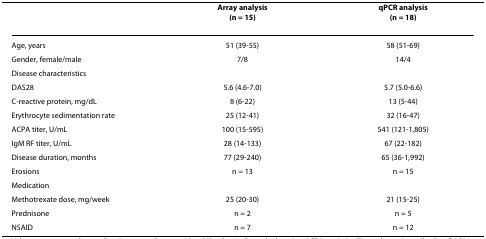
<table><thead><tr><td></td><td><b>Array analysis(n = 15)</b></td><td><b>qPCR analysis(n = 18)</b></td></tr></thead><tbody><tr><td>Age, years</td><td>51 (39-55)</td><td>58 (51-69)</td></tr><tr><td>Gender, female/male</td><td>7/8</td><td>14/4</td></tr><tr><td>Disease characteristics</td><td></td><td></td></tr><tr><td> DAS28</td><td>5.6 (4.6-7.0)</td><td>5.7 (5.0-6.6)</td></tr><tr><td> C-reactive protein, mg/dL</td><td>8 (6-22)</td><td>13 (5-44)</td></tr><tr><td> Erythrocyte sedimentation rate</td><td>25 (12-41)</td><td>32 (16-47)</td></tr><tr><td> ACPA titer, U/mL</td><td>100 (15-595)</td><td>541 (121-1,805)</td></tr><tr><td> IgM RF titer, U/mL</td><td>28 (14-133)</td><td>67 (22-182)</td></tr><tr><td> Disease duration, months</td><td>77 (29-240)</td><td>65 (36-1,992)</td></tr><tr><td> Erosions</td><td>n = 13</td><td>n = 15</td></tr><tr><td>Medication</td><td></td><td></td></tr><tr><td> Methotrexate dose, mg/week</td><td>25 (20-30)</td><td>21 (15-25)</td></tr><tr><td> Prednisone</td><td>n = 2</td><td>n = 5</td></tr><tr><td> NSAID</td><td>n = 7</td><td>n = 12</td></tr></tbody></table>